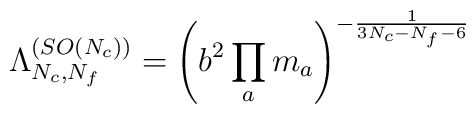
{\Lambda_{N_c,N_f}^{(SO(N_c))}} =\left(b^2 \prod\limits_am_a\right)^{-{1 \over 3N_c-N_f-6}}